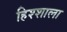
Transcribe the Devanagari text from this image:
हिश्शाला